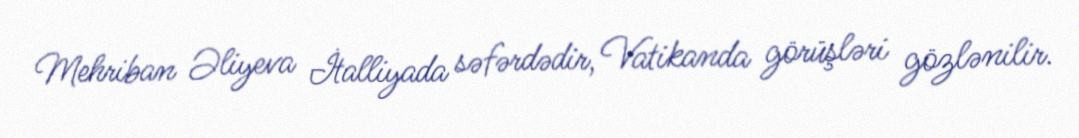
Mehriban Əliyeva İtalliyada səfərdədir, Vatikanda görüşləri gözlənilir.